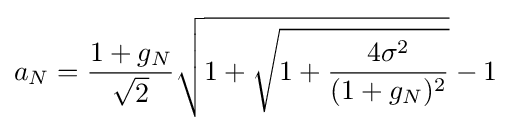
a_{N}={\frac {1+g_{N}}{\sqrt {2}}}{\sqrt {1+{\sqrt {1+{\frac {4\sigma ^{2}}{(1+g_{N})^{2}}}}}}}-1